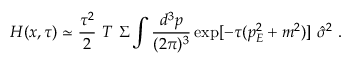
H ( x , \tau ) \simeq { \frac { \tau ^ { 2 } } { 2 } } ~ T ~ \Sigma \int { \frac { d ^ { 3 } p } { ( 2 \pi ) ^ { 3 } } } \exp [ - \tau ( p _ { E } ^ { 2 } + m ^ { 2 } ) ] ~ \hat { \sigma } ^ { 2 } ~ .